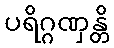
ပရိဂ္ဂဏှန္တိ